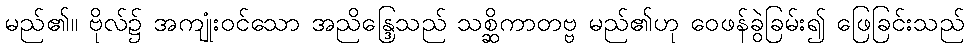
မည်၏။ ဗိုလ်၌ အကျုံးဝင်သော အညိန္ဒြေသည် သစ္ဆိကာတဗ္ဗ မည်၏ဟု ဝေဖန်ခွဲခြမ်း၍ ဖြေခြင်းသည်